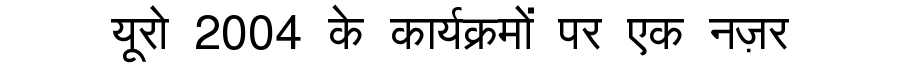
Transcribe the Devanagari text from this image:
यूरो 2004 के कार्यक्रमों पर एक नज़र